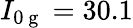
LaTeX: I_{0\mathrm{~g~}}=30.1